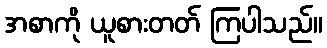
အစာကို ယူစားတတ် ကြပါသည်။